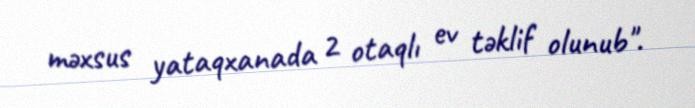
məxsus yataqxanada 2 otaqlı ev təklif olunub".